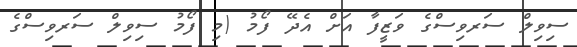
ސިވިލް ސަރވިސްގެ ވަޒީފާ އަށް އެދޭ ފޯމު (މި ފޯމު ސިވިލް ސަރވިސްގެ